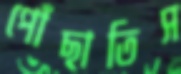
পোঁছাতিস